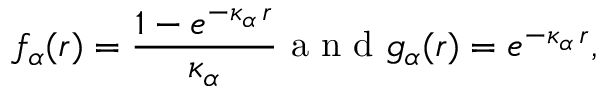
f _ { \alpha } ( r ) = \frac { 1 - e ^ { - \kappa _ { \alpha } \, r } } { \kappa _ { \alpha } } \mathrm { ~ a ~ n ~ d ~ } g _ { \alpha } ( r ) = e ^ { - \kappa _ { \alpha } \, r } ,